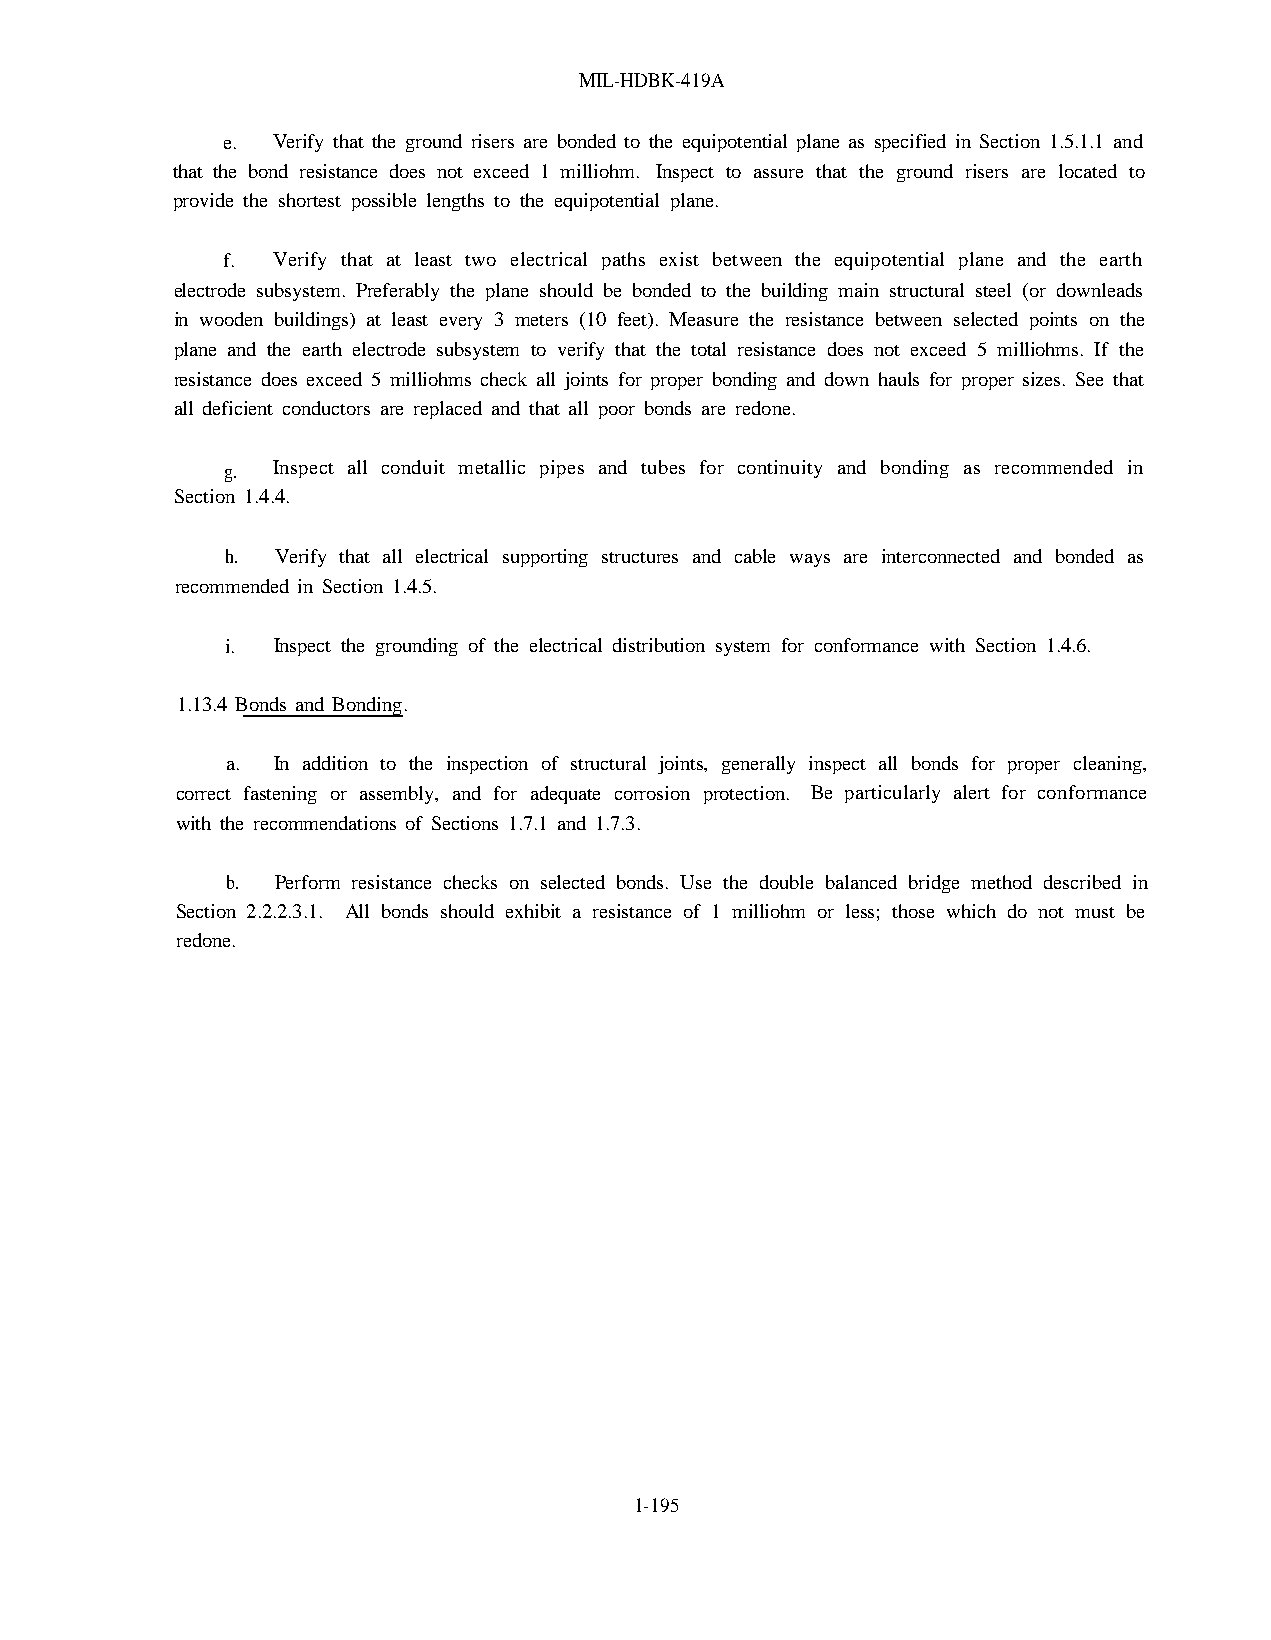
MIL-HDBK-419A
 e. Verify that the ground risers are bonded to the equipotential plane as specified in Section 1.5.1.1 and
 that the bond resistance does not exceed 1 milliohm. Inspect to assure that the ground risers are located to
 provide the shortest possible lengths to the equipotential plane.
 f. Verify that at least two electrical paths exist between the equipotential plane and the earth
 electrode subsystem. Preferably the plane should be bonded to the building main structural steel (or downleads
 in wooden buildings) at least every 3 meters (10 feet). Measure the resistance between selected points on the
 plane and the earth electrode subsystem to verify that the total resistance does not exceed 5 milliohms. If the
 resistance does exceed 5 milliohms check all joints for proper bonding and down hauls for proper sizes. See that
 all deficient conductors are replaced and that all poor bonds are redone.
 g. Inspect all conduit metallic pipes and tubes for continuity and bonding as recommended in
 Section 1.4.4.
 h. Verify that all electrical supporting structures and cable ways are interconnected and bonded as
 recommended in Section 1.4.5.
 i. Inspect the grounding of the electrical distribution system for conformance with Section 1.4.6.
 1.13.4 Bonds and Bonding.
 a. In addition to the inspection of structural joints, generally inspect all bonds for proper cleaning,
 correct fastening or assembly, and for adequate corrosion protection. Be particularly alert for conformance
 with the recommendations of Sections 1.7.1 and 1.7.3.
 b. Perform resistance checks on selected bonds. Use the double balanced bridge method described in
 Section 2.2.2.3.1. All bonds should exhibit a resistance of 1 milliohm or less; those which do not must be
 redone.
 1-195